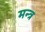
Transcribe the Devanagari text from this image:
मन्‍त्र